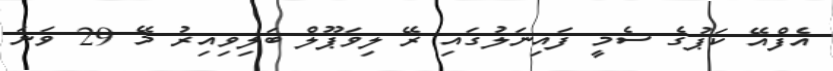
އެފްއޭ ކަޕުގެ ސެމީ ފައިނަލުގައި ރޭ ލިވަޕޫލް ބަލިވިއިރު މޭ 29 ވަނަ